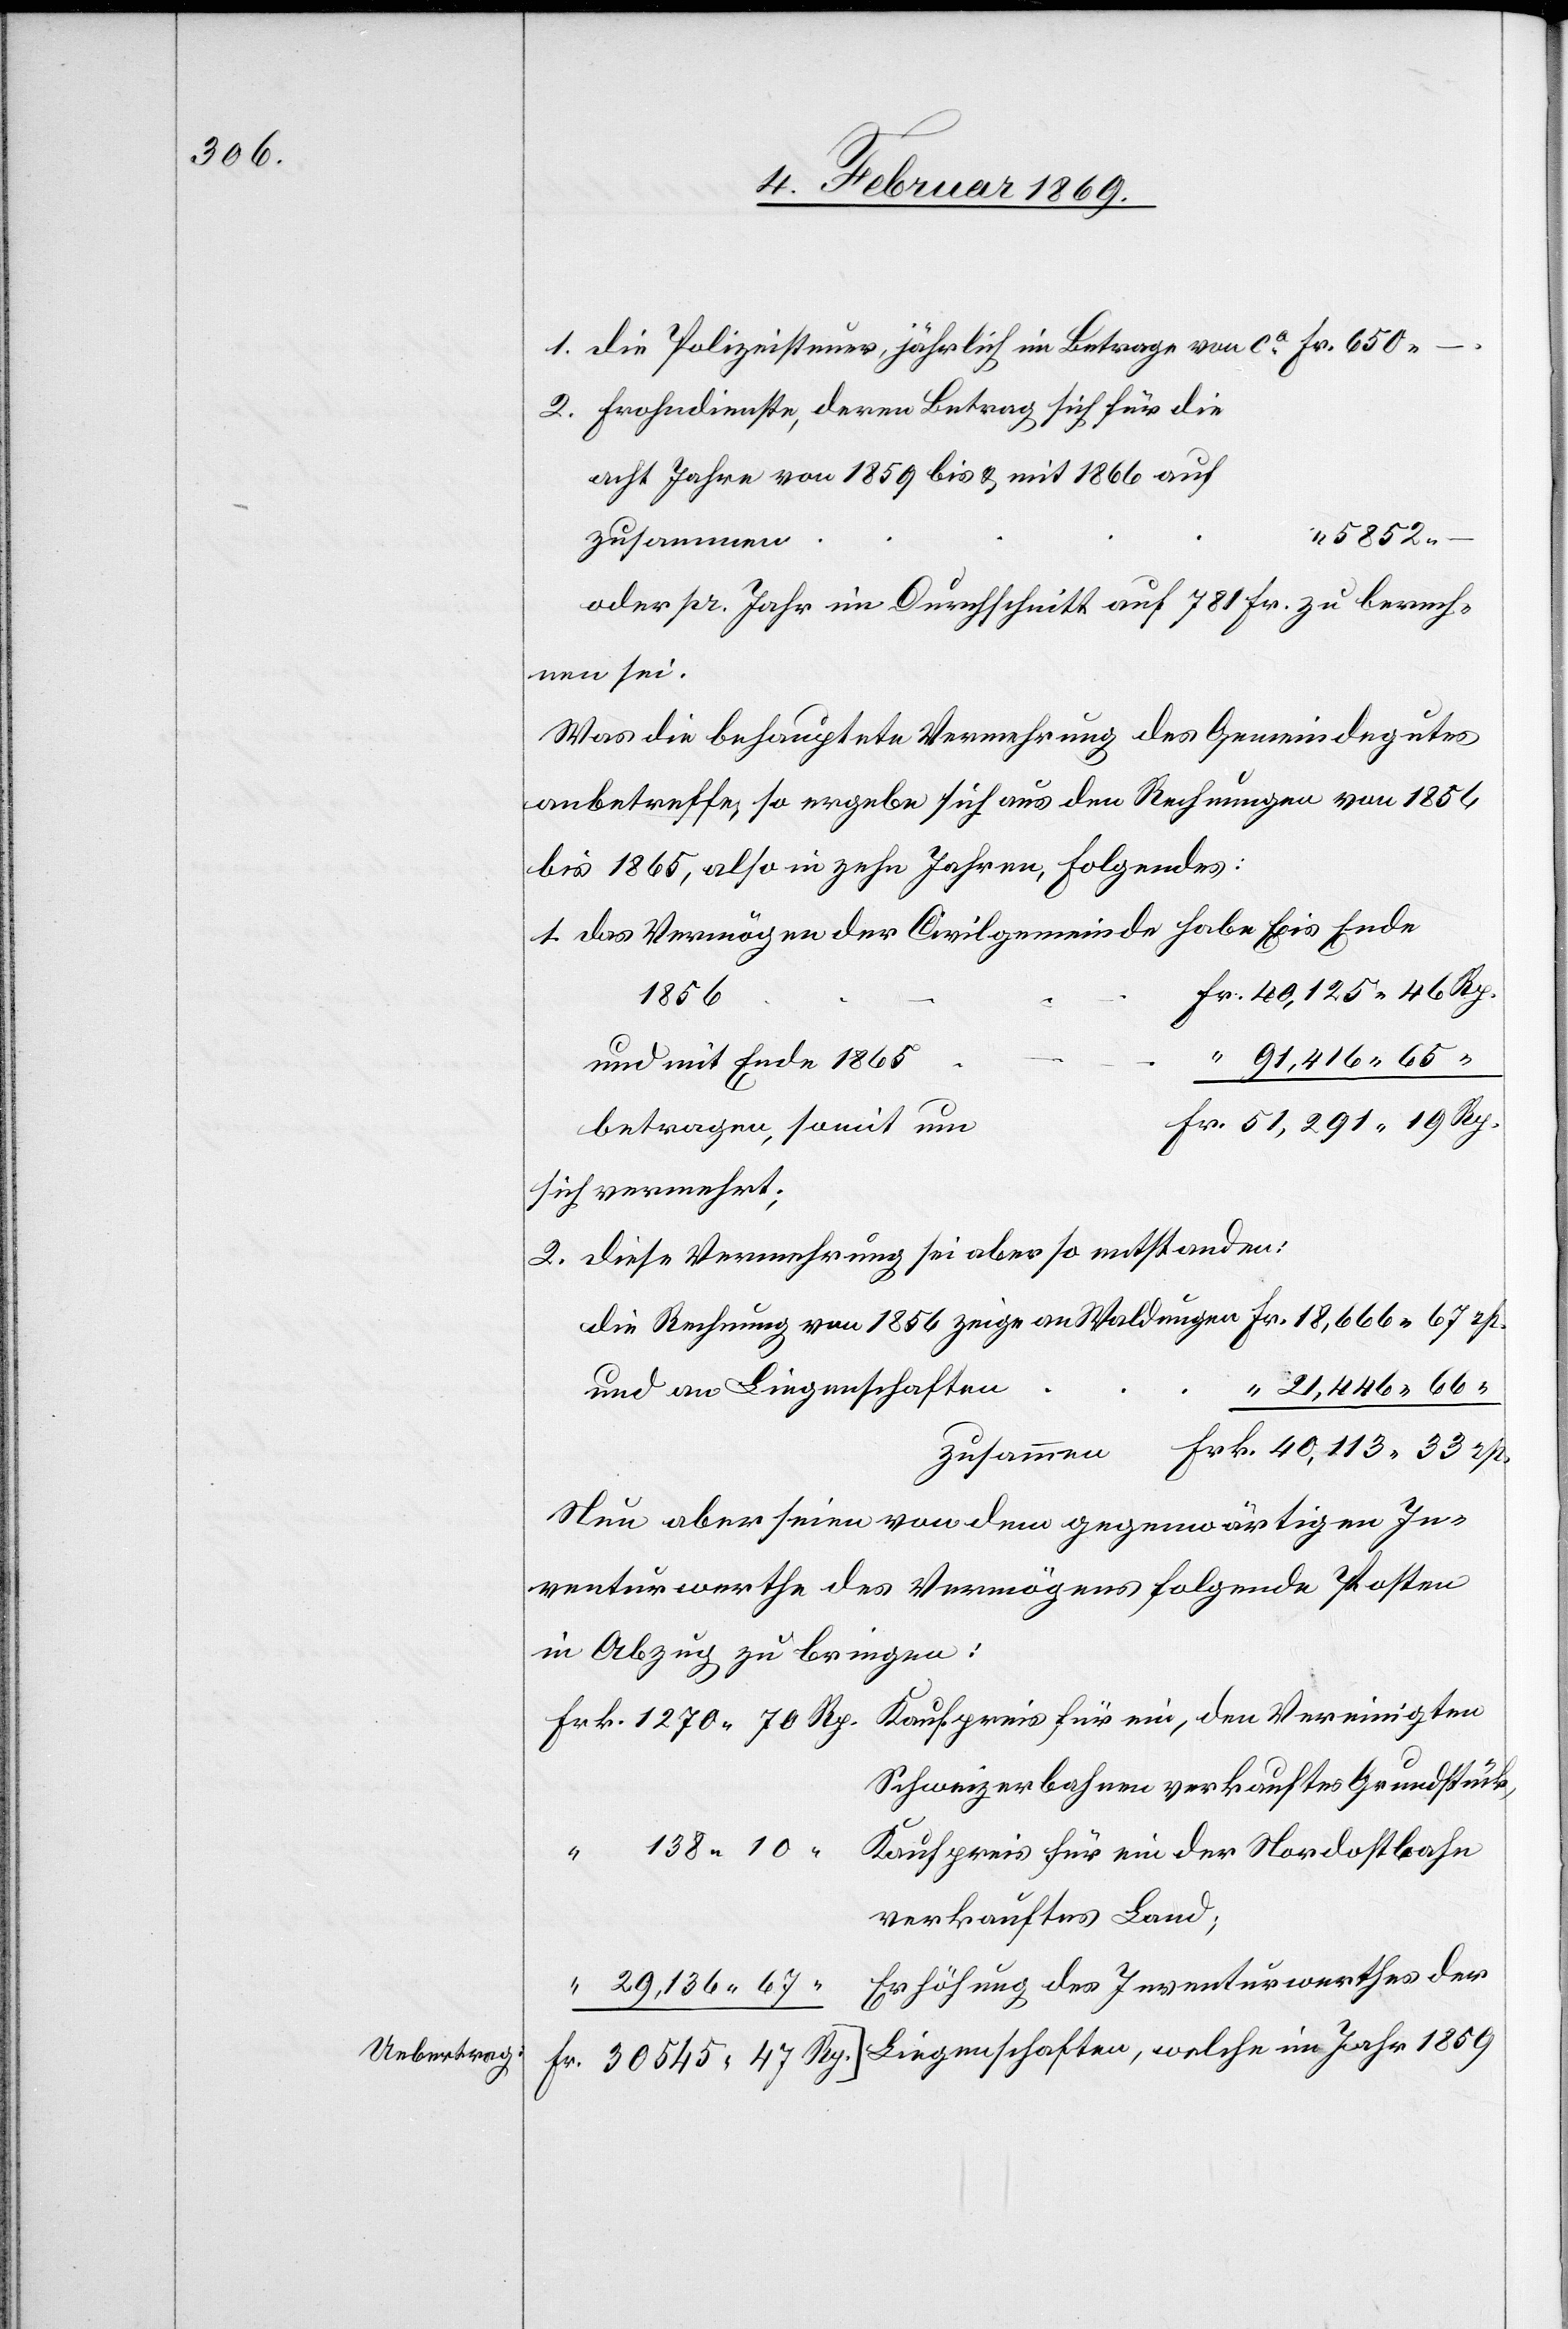
1. die Polizeisteuer, jährlich im Betrage von ca 				 Fr. 650.–
2. Frohndienste, deren Betrag sich für die
acht Jahre von 1859 bis u. mit 1866
5852.–
oder pro Jahr im Durchschnitt auf 781 Fr. zu berech¬
nen sei.
Was die behauptete Vermehrung des Gemeindegutes
anbetreffe, so ergebe sich aus den Rechnungen von 1854
bis 1865, also in zehn Jahren, Folgendes:
1. das Vermögen der Civilgemeinde habe bis Ende
Fr. 40,125.46 Rp
1859
und mit Ende 1865
“ 91,416.65 “
Fr. 51,591.19 Rp.
betragen, somit
sich vermehrt;
2. Diese Vermehrung sei aber so entstanden:
die Rechnung von 1854 zeige an Waldungen 					Fr. 18,666.67 rp.
“ 21,446.66
zusammen 	 Frk. 40,113.33 rp.
Neu aber seien von dem gegenwärtigen In¬
venturwerthe des Vermögens folgende Posten
in Abzug zu bringen:
Frk. 1270.70 Rp. Kaufpreis für ein, den Vereinigten
Kaufpreis für ein der Nordostbahn
verkauftes Land;
“ 29,136.67 “	 Erhöhung des Inventurwerthes der